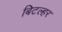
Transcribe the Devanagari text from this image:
बिटल्हर